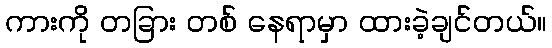
ကားကို တခြား တစ် နေရာမှာ ထားခဲ့ချင်တယ်။